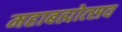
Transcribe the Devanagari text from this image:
महाबह्मोत्‍सव